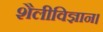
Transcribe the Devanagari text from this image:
शैलीविज्ञान।